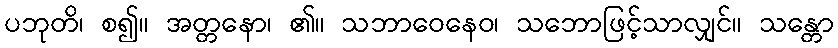
ပဘုတိ၊ စ၍။ အတ္တနော၊ ၏။ သဘာဝေနေဝ၊ သဘောဖြင့်သာလျှင်။ သန္တော